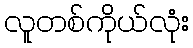
လူတစ်ကိုယ်လုံး